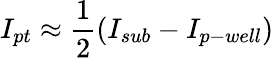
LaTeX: I_{pt}\approx\frac{1}{2}(I_{sub}-I_{p-well})